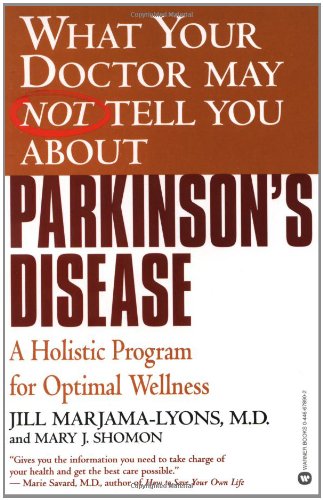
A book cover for What Your Doctor May Not Tell You About(TM): Parkinson's Disease: A Holistic Program for Optimal Wellness; Jill Marjama-Lyons; Health, Fitness & Dieting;